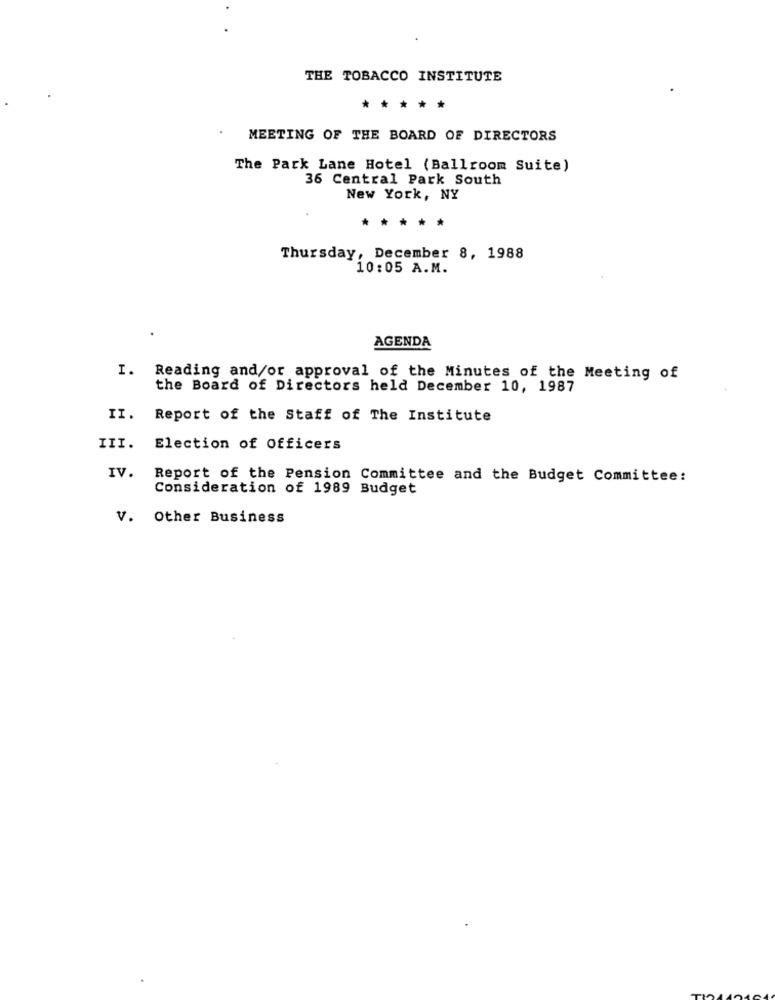
THE TOBACCO INSTITUTE
*****
MEETING OF THE BOARD OF DIRECTORS
The Park Lane Hotel (Ballroom Suite)
36 Central Park South
New York, NY
*****
Thursday, December 8, 1988
10:05 A.M.
AGENDA
I.
Reading and/or approval of the Minutes of the Meeting of
the Board of Directors held December 10, 1987
II. Report of the Staff of The Institute
III.
Election of Officers
IV.
Report of the Pension Committee and the Budget Committee:
Consideration of 1989 Budget
V. Other Business